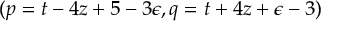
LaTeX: ( p = t - 4 z + 5 - 3 \epsilon , q = t + 4 z + \epsilon - 3 )